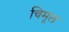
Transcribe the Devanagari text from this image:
चिमूल